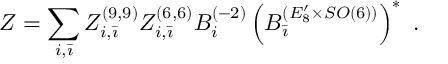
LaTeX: Z = \sum _ { i , \bar { \imath } } Z _ { i , \bar { \imath } } ^ { ( 9 , 9 ) } Z _ { i , \bar { \imath } } ^ { ( 6 , 6 ) } B _ { i } ^ { ( - 2 ) } \left( B _ { \bar { \imath } } ^ { ( E _ { 8 } ^ { \prime } \times S O ( 6 ) ) } \right) ^ { * } \, \, .